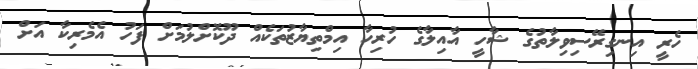
ހެރީ އިނގިރޭސިވިލާތުގެ ޝާހީ އާއިލާގެ ހުރިހާ އިމްތިޔާޒުތަކެއް ދޫކޮށްލުމަށް ފަހު އެމެރިކާ އަށް